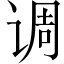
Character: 调